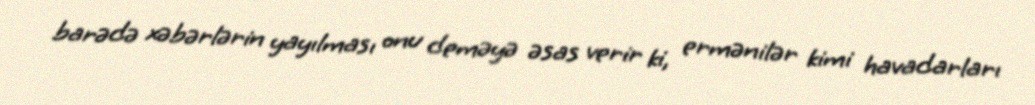
barədə xəbərlərin yayılması onu deməyə əsas verir ki, ermənilər kimi havadarları